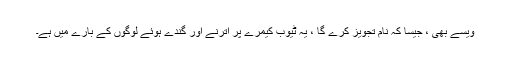
ویسے بھی ، جیسا کہ نام تجویز کرے گا ، یہ ٹیوب کیمرے پر اترنے اور گندے ہوئے لوگوں کے بارے میں ہے۔